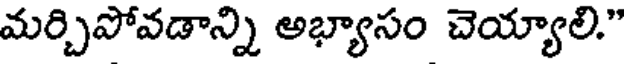
మర్చిపోవడాన్ని అభ్యాసం చెయ్యాలి."